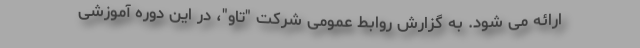
ارائه می شود. به گزارش روابط عمومی شرکت "تاو"، در این دوره آموزشی